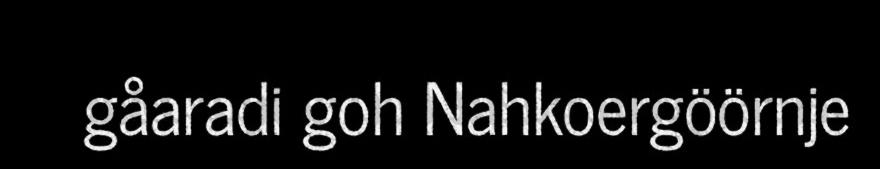
gåaradi goh Nahkoergöörnje